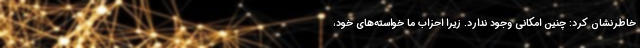
خاطرنشان کرد: چنین امکانی وجود ندارد. زیرا احزاب ما خواسته‌های خود،